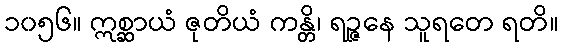
၁၀၅၆။ ဣစ္ဆာယံ ဇုတိယံ ကန္တိ၊ ရဉ္ဇနေ သူရတေ ရတိ။